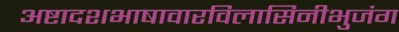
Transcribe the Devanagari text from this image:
अष्टादशभाषावारविलासिनीभुजंग